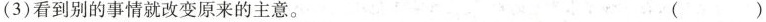
(3)看到别的事情就改变原来的主意。 ( )